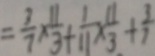
= \frac { 3 } { 7 } \times \frac { 1 1 } { 3 } + \frac { 1 } { 1 1 } \times \frac { 1 1 } { 3 } + \frac { 3 } { 7 }